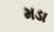
મડા